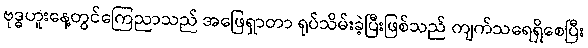
ဗုဒ္ဓဟူးနေ့တွင်ကြေညာသည် အဖြေရှာတာ ရုပ်သိမ်းခဲ့ပြီးဖြစ်သည် ကျက်သရေရှိစေပြီး